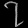
Digit: ၇